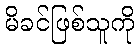
မိခင်ဖြစ်သူကို